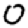
Digit: 0